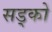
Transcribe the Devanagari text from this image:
सड्को